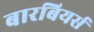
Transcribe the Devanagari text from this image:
बारबियर्स